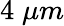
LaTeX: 4\; \mu m